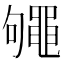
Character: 䵶